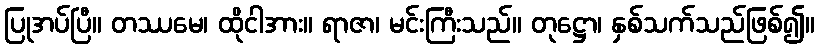
ပြုအပ်ပြီ။ တဿမေ၊ ထိုငါအား။ ရာဇာ၊ မင်းကြီးသည်။ တုဋ္ဌော၊ နှစ်သက်သည်ဖြစ်၍။